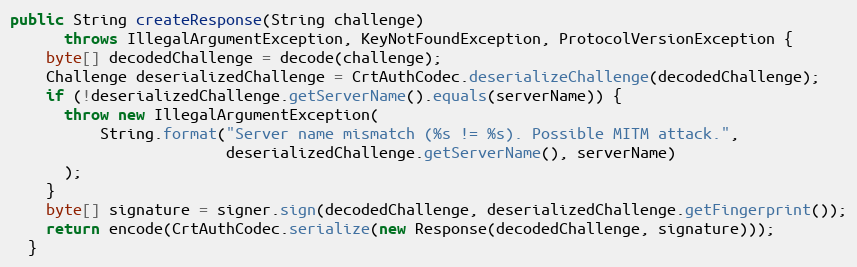
Language: Java
public String createResponse(String challenge)
      throws IllegalArgumentException, KeyNotFoundException, ProtocolVersionException {
    byte[] decodedChallenge = decode(challenge);
    Challenge deserializedChallenge = CrtAuthCodec.deserializeChallenge(decodedChallenge);
    if (!deserializedChallenge.getServerName().equals(serverName)) {
      throw new IllegalArgumentException(
          String.format("Server name mismatch (%s != %s). Possible MITM attack.",
                        deserializedChallenge.getServerName(), serverName)
      );
    }
    byte[] signature = signer.sign(decodedChallenge, deserializedChallenge.getFingerprint());
    return encode(CrtAuthCodec.serialize(new Response(decodedChallenge, signature)));
  }